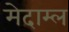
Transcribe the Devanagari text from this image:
मेदाम्ल